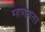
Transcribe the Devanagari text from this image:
म्हणवता